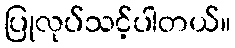
ပြုလုပ်သင့်ပါတယ်။